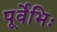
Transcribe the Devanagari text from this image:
पूर्वेभिः